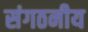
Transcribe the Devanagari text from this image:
संगठनीय